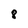
Character: 8